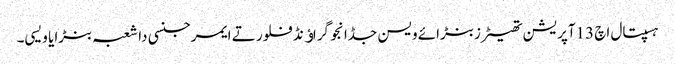
ہسپتال اچ 13آپریشن تھیٹرز بنڑائے ویسن جڈانجو گراﺅنڈ فلور تے ایمرجنسی دا شعبہ بنڑایا ویسی۔